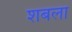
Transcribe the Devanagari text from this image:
शबला